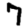
Digit: 7